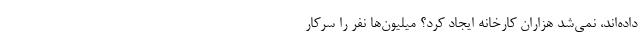
داده‌اند، نمی‌شد هزاران کارخانه ایجاد کرد؟ میلیون‌ها نفر را سرکار